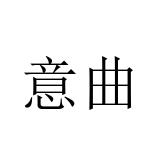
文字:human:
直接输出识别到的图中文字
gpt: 意曲